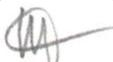
?